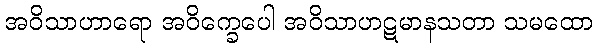
အဝိသာဟာရော အဝိက္ခေပေါ အဝိသာဟဋမာနသတာ သမထော